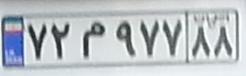
۷۲م۹۷۷۸۸